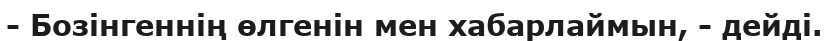
- Бозінгеннің өлгенін мен хабарлаймын, - дейді.